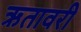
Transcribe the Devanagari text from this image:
ऋतावरी